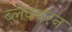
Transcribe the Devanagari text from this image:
ब्लेक्बरन